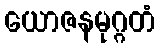
ယောဇနမုဂ္ဂတံ